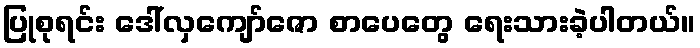
ပြုစုရင်း ဒေါ်လှကျော်ဇော စာပေတွေ ရေးသားခဲ့ပါတယ်။